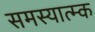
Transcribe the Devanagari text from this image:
समस्यात्म्क